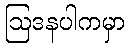
ဩဒနပါကမှာ